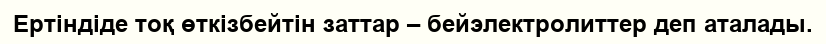
Ертіндіде тоқ өткізбейтін заттар – бейэлектролиттер деп аталады.